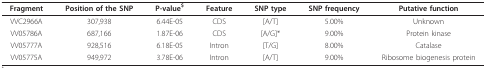
<table><thead><tr><td><b>Fragment</b></td><td><b>Position of the SNP</b></td><td><b>P-value<sup>$</sup></b></td><td><b>Feature</b></td><td><b>SNP type</b></td><td><b>SNP frequency</b></td><td><b>Putative function</b></td></tr></thead><tbody><tr><td>VVC2966A</td><td>307,938</td><td>6.44E-05</td><td>CDS</td><td>[A/T]</td><td>5.00%</td><td>Unknown</td></tr><tr><td>VV05786A</td><td>687,166</td><td>1.87E-06</td><td>CDS</td><td>[A/G]*</td><td>9.00%</td><td>Protein kinase</td></tr><tr><td>VV05777A</td><td>928,516</td><td>6.18E-05</td><td>Intron</td><td>[T/G]</td><td>8.00%</td><td>Catalase</td></tr><tr><td>VV05775A</td><td>949,972</td><td>3.78E-06</td><td>Intron</td><td>[A/T]</td><td>9.00%</td><td>Ribosome biogenesis protein</td></tr></tbody></table>